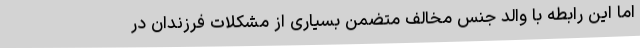
اما این رابطه با والد جنس مخالف متضمن بسیاری از مشکلات فرزندان در